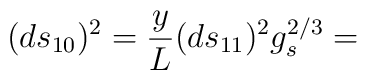
(ds_{10})^2 = \frac{y}{L} (ds_{11})^2 g_{s}^{2/3} =